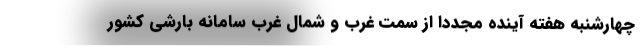
چهارشنبه هفته آینده مجددا از سمت غرب و شمال غرب سامانه بارشی کشور